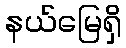
နယ်မြေရှိ